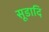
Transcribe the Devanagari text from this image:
सूडादि